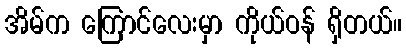
အိမ်က ကြောင်လေးမှာ ကိုယ်ဝန် ရှိတယ်။